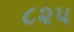
૮૨૫